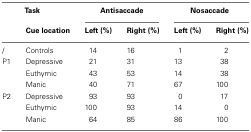
<table><thead><tr><td></td><td><b>Task</b></td><td colspan="2"><b>Antisaccade</b></td><td colspan="2"><b>Nosaccade</b></td></tr><tr><td></td><td><b>Cue location</b></td><td><b>Left (%)</b></td><td><b>Right (%)</b></td><td><b>Left (%)</b></td><td><b>Right (%)</b></td></tr></thead><tbody><tr><td>/</td><td>Controls</td><td>14</td><td>16</td><td>1</td><td>2</td></tr><tr><td>P1</td><td>Depressive</td><td>21</td><td>31</td><td>13</td><td>38</td></tr><tr><td></td><td>Euthymic</td><td>43</td><td>53</td><td>14</td><td>38</td></tr><tr><td></td><td>Manic</td><td>40</td><td>71</td><td>67</td><td>100</td></tr><tr><td>P2</td><td>Depressive</td><td>93</td><td>93</td><td>0</td><td>17</td></tr><tr><td></td><td>Euthymic</td><td>100</td><td>93</td><td>14</td><td>0</td></tr><tr><td></td><td>Manic</td><td>64</td><td>85</td><td>86</td><td>100</td></tr></tbody></table>